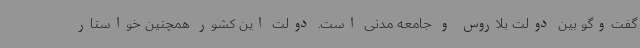
گفت‌وگو بین دولت بلاروس و جامعه مدنی است. دولت این کشور همچنین خواستار